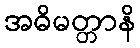
အဓိမတ္တာနိ